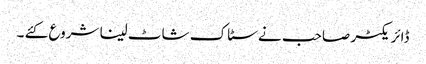
ڈائریکٹر صاحب نے سٹاک شاٹ لینا شروع کئے ۔